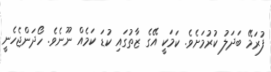
ފުރަމޭ ބަދަލު ކުރުމަށެވެ. ކަމަކީ އޭގެ ޒާތުގައި ކުޑަ ކަމެއް ނޫނެވެ. ހޯދަންޖެހެނީ